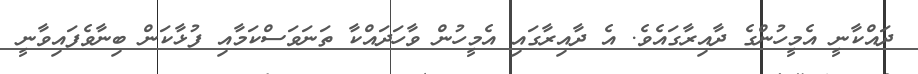
ދައްކާނީ އެމީހުންގެ ދާއިރާގައެވެ. އެ ދާއިރާގައި އެމީހުން ވާހަދައްކާ ތަނަވަސްކަމާއި ފުޅާކަން ބިނާވެފައިވާނީ